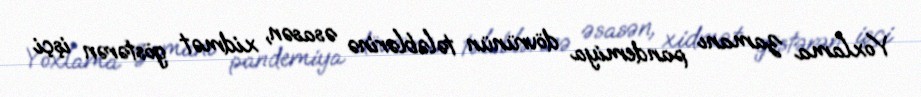
Yoxlama zamanı pandemiya dövrünün tələblərinə əsasən, xidmət göstərən işçi